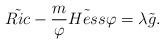
LaTeX: \begin{align*}\tilde{Ric}-\frac{m}{\varphi} \tilde{Hess}\varphi=\lambda \tilde{g}.\end{align*}